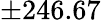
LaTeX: \pm 246.67